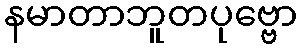
နမာတာဘူတပုဗ္ဗော